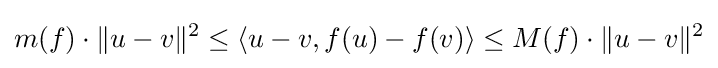
m(f)\cdot \|u-v\|^{2}\leq \langle u-v,f(u)-f(v)\rangle \leq M(f)\cdot \|u-v\|^{2}